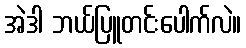
အဲဒါ ဘယ်ပြူတင်းပေါက်လဲ။